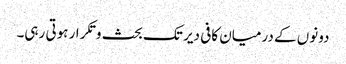
دونوں کے درمیان کافی دیر تک بحث و تکرار ہوتی رہی۔